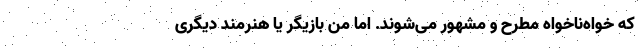
که خواه‌ناخواه مطرح و مشهور می‌شوند. اما منِ بازیگر یا هنرمند دیگری